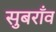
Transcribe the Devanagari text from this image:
सुबराँव